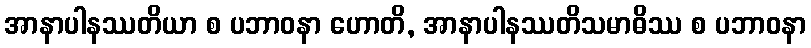
အာနာပါနဿတိယာ စ ပဘာဝနာ ဟောတိ, အာနာပါနဿတိသမာဓိဿ စ ပဘာဝနာ